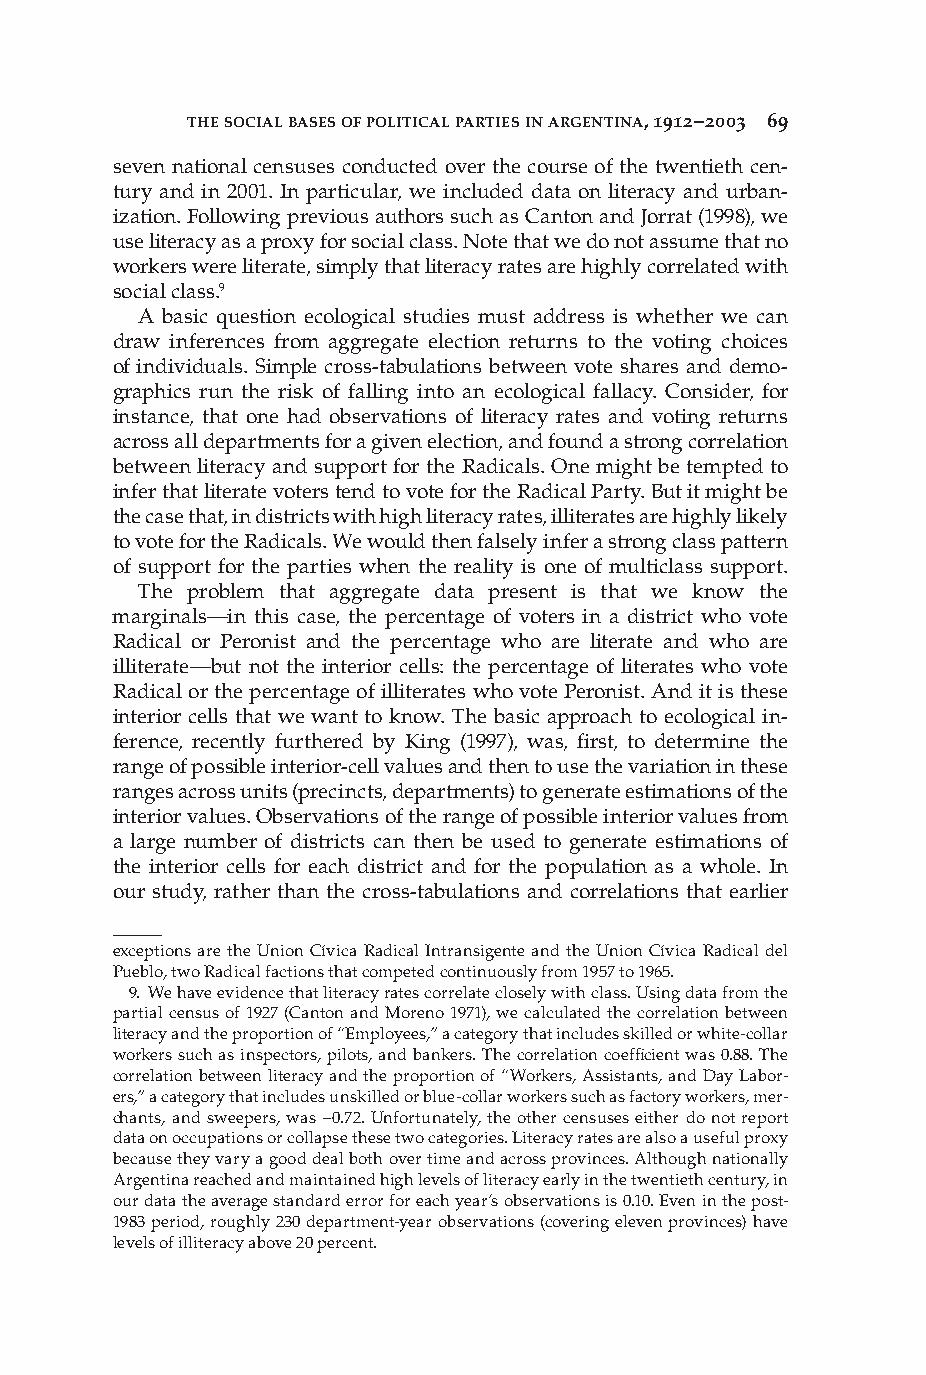
THE SOCIAL BASES OF POLITICAL PARTIES IN ARGENTINA, 1912–2003 69
 seven national censuses conducted over the course of the twentieth cen-
 tury and in 2001. In particular, we included data on literacy and urban-
 ization. Following previous authors such as Canton and Jorrat (1998), we
 use literacy as a proxy for social class. Note that we do not assume that no
 workers were literate, simply that literacy rates are highly correlated with
 social class.9
 A basic question ecological studies must address is whether we can
 draw inferences from aggregate election returns to the voting choices
 of individuals. Simple cross-tabulations between vote shares and demo-
 graphics run the risk of falling into an ecological fallacy. Consider, for
 instance, that one had observations of literacy rates and voting returns
 across all departments for a given election, and found a strong correlation
 between literacy and support for the Radicals. One might be tempted to
 infer that literate voters tend to vote for the Radical Party. But it might be
 the case that, in districts with high literacy rates, illiterates are highly likely
 to vote for the Radicals. We would then falsely infer a strong class pattern
 of support for the parties when the reality is one of multiclass support.
 The problem that aggregate data present is that we know the
 marginals—in this case, the percentage of voters in a district who vote
 Radical or Peronist and the percentage who are literate and who are
 illiterate—but not the interior cells: the percentage of literates who vote
 Radical or the percentage of illiterates who vote Peronist. And it is these
 interior cells that we want to know. The basic approach to ecological in-
 ference, recently furthered by King (1997), was, fi rst, to determine the
 range of possible interior-cell values and then to use the variation in these
 ranges across units (precincts, departments) to generate estimations of the
 interior values. Observations of the range of possible interior values from
 a large number of districts can then be used to generate estimations of
 the interior cells for each district and for the population as a whole. In
 our study, rather than the cross-tabulations and correlations that earlier
 exceptions are the Union Cívica Radical Intransigente and the Union Cívica Radical del
 Pueblo, two Radical factions that competed continuously from 1957 to 1965.
 9. We have evidence that literacy rates correlate closely with class. Using data from the
 partial census of 1927 (Canton and Moreno 1971), we calculated the correlation between
 literacy and the proportion of “Employees,” a category that includes skilled or white-collar
 workers such as inspectors, pilots, and bankers. The correlation coeffi cient was 0.88. The
 correlation between literacy and the proportion of “Workers, Assistants, and Day Labor-
 ers,” a category that includes unskilled or blue-collar workers such as factory workers, mer-
 chants, and sweepers, was –0.72. Unfortunately, the other censuses either do not report
 data on occupations or collapse these two categories. Literacy rates are also a useful proxy
 because they vary a good deal both over time and across provinces. Although nationally
 Argentina reached and maintained high levels of literacy early in the twentieth century, in
 our data the average standard error for each year’s observations is 0.10. Even in the post-
 1983 period, roughly 230 department-year observations (covering eleven provinces) have
 levels of illiteracy above 20 percent.
 PP44993366..iinnddbb 6699                         1122//99//0088 66::4422::2255 AAMM